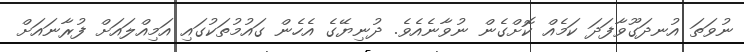
ނުވަތަ އުނދަގޫވާފަދަ ކަމެއް ކޮށްގެން ނުވާނެއެވެ. ދުނިޔޭގެ އެހެން ގައުމުތަކުގައި އަމިއްލައަށް ފުރާނައަށް